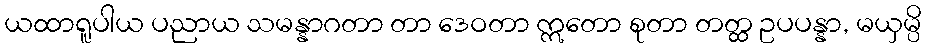
ယထာရူပါယ ပညာယ သမန္နာဂတာ တာ ဒေဝတာ ဣတော စုတာ တတ္ထ ဥပပန္နာ, မယှမ္ပိ